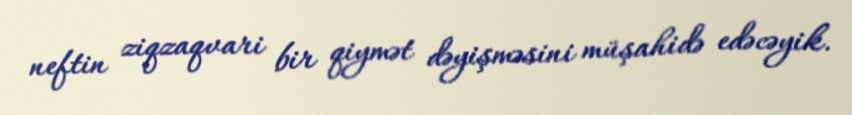
neftin ziqzaqvari bir qiymət dəyişməsini müşahidə edəcəyik.